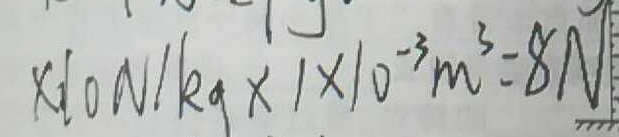
\times 1 0 N / k g \times 1 \times 1 0 ^ { - 3 } m ^ { 3 } = 8 N